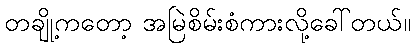
တချို့ကတော့ အမြဲစိမ်းစံကားလို့ခေါ်တယ်။